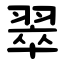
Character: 翠